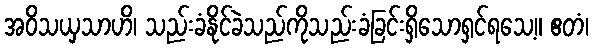
အဝိသယှသာဟိ၊ သည်းခံနိုင်ခဲသည်ကိုသည်းခံခြင်းရှိသောရှင်ရသေ့။ ဧတံ၊